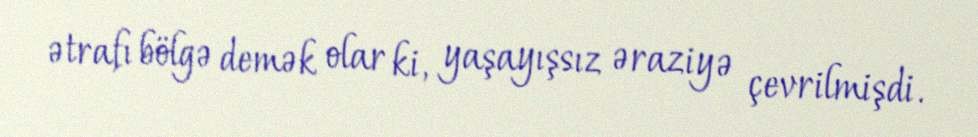
ətrafı bölgə demək olar ki, yaşayışsız əraziyə çevrilmişdi.